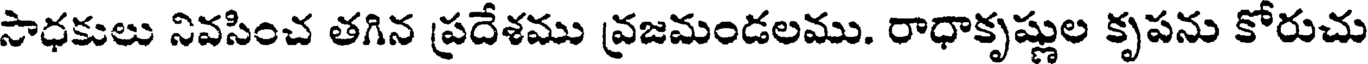
సాధకులు నివసించ తగిన ప్రదేశము వ్రజమండలము. రాధాకృష్ణుల కృపను కోరుచు